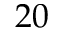
2 0